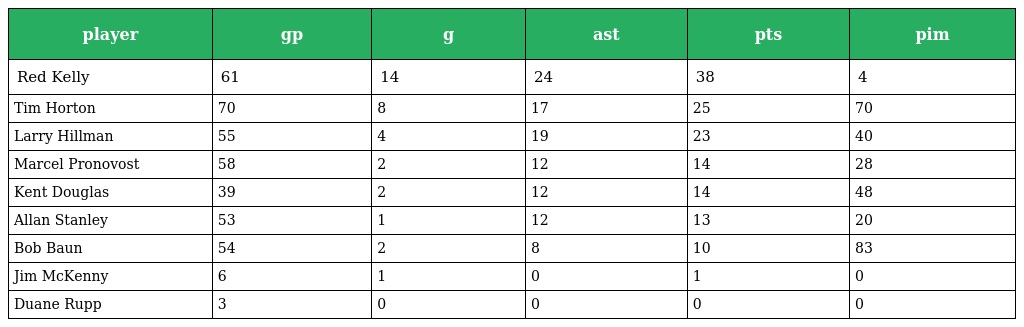
| player | gp | g | ast | pts | pim |
 | --- | --- | --- | --- | --- | --- |
 | Red Kelly | 61 | 14 | 24 | 38 | 4 |
 | Tim Horton | 70 | 8 | 17 | 25 | 70 |
 | Larry Hillman | 55 | 4 | 19 | 23 | 40 |
 | Marcel Pronovost | 58 | 2 | 12 | 14 | 28 |
 | Kent Douglas | 39 | 2 | 12 | 14 | 48 |
 | Allan Stanley | 53 | 1 | 12 | 13 | 20 |
 | Bob Baun | 54 | 2 | 8 | 10 | 83 |
 | Jim McKenny | 6 | 1 | 0 | 1 | 0 |
 | Duane Rupp | 3 | 0 | 0 | 0 | 0 |